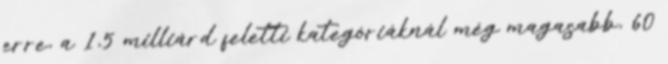
erre, a 1,5 milliárd feletti kategóriáknál még magasabb, 60